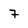
Character: 7